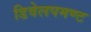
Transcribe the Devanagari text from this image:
डिवेलपमण्ट